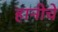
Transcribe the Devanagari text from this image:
हानीचे